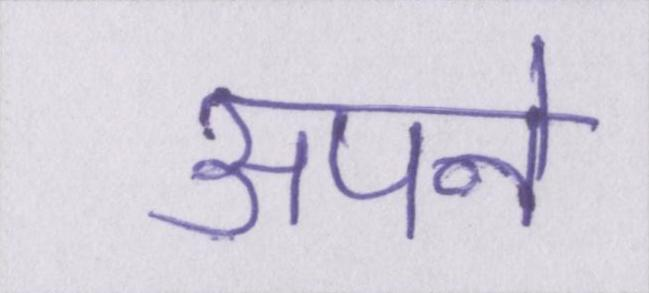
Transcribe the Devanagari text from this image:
अपने